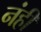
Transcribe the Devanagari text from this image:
नंहीं